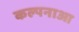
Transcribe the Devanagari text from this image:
कल्पनाआ